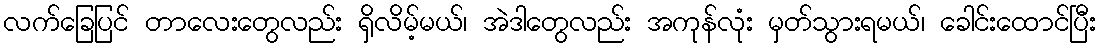
လက်ခြေပြင် တာလေးတွေလည်း ရှိလိမ့်မယ်၊ အဲဒါတွေလည်း အကုန်လုံး မှတ်သွားရမယ်၊ ခေါင်းထောင်ပြီး